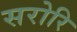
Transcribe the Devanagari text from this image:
सरोरि